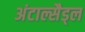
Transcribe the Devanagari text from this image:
अंटाल्सैड्ल